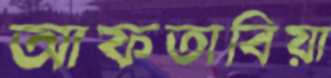
আফতাবিয়া